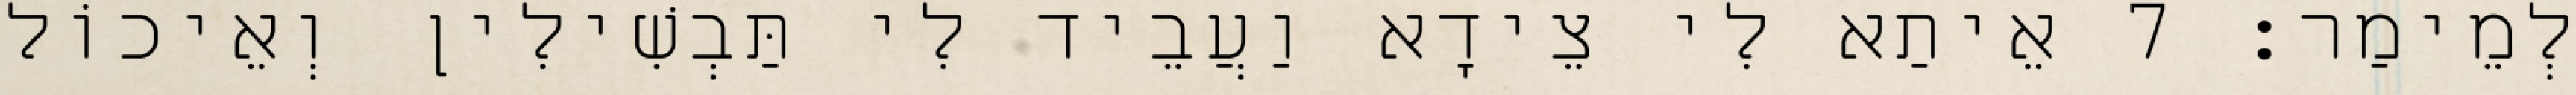
לְמֵימַר׃ 7 אֵיתַא לִי צֵידָא וַעֲבֵיד לִי תַּבְשִׁילִין וְאֵיכוֹל